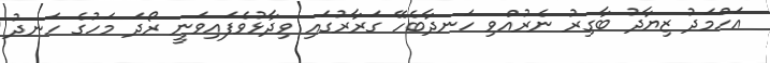
އަހްމަދު ޒިޔާދު ބާގިރު ނެރުއްވި ހަނދާބެހޭ ގަރާރުގައި ވިދާޅުވެފައިވަނީ ރޯދަ މަހުގެ ހަނދު